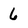
Character: 6